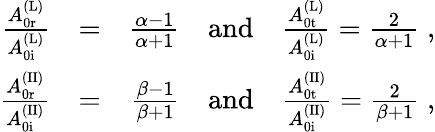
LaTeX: \begin{array}{rlr}{\frac{A_{\mathrm{0r}}^{\mathrm{(L)}}}{A_{\mathrm{0i}}^{\mathrm{(L)}}}}&{=}&{\frac{\alpha-1}{\alpha+1}\quad\mathrm{and}\quad\frac{A_{\mathrm{0t}}^{\mathrm{(L)}}}{A_{\mathrm{0i}}^{\mathrm{(L)}}}=\frac{2}{\alpha+1}\; ,}\\ {\frac{A_{\mathrm{0r}}^{\mathrm{(II)}}}{A_{\mathrm{0i}}^{\mathrm{(II)}}}}&{=}&{\frac{\beta-1}{\beta+1}\quad\mathrm{and}\quad\frac{A_{\mathrm{0t}}^{\mathrm{(II)}}}{A_{\mathrm{0i}}^{\mathrm{(II)}}}=\frac{2}{\beta+1}\; ,}\end{array}